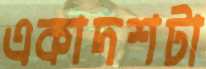
একাদশটা